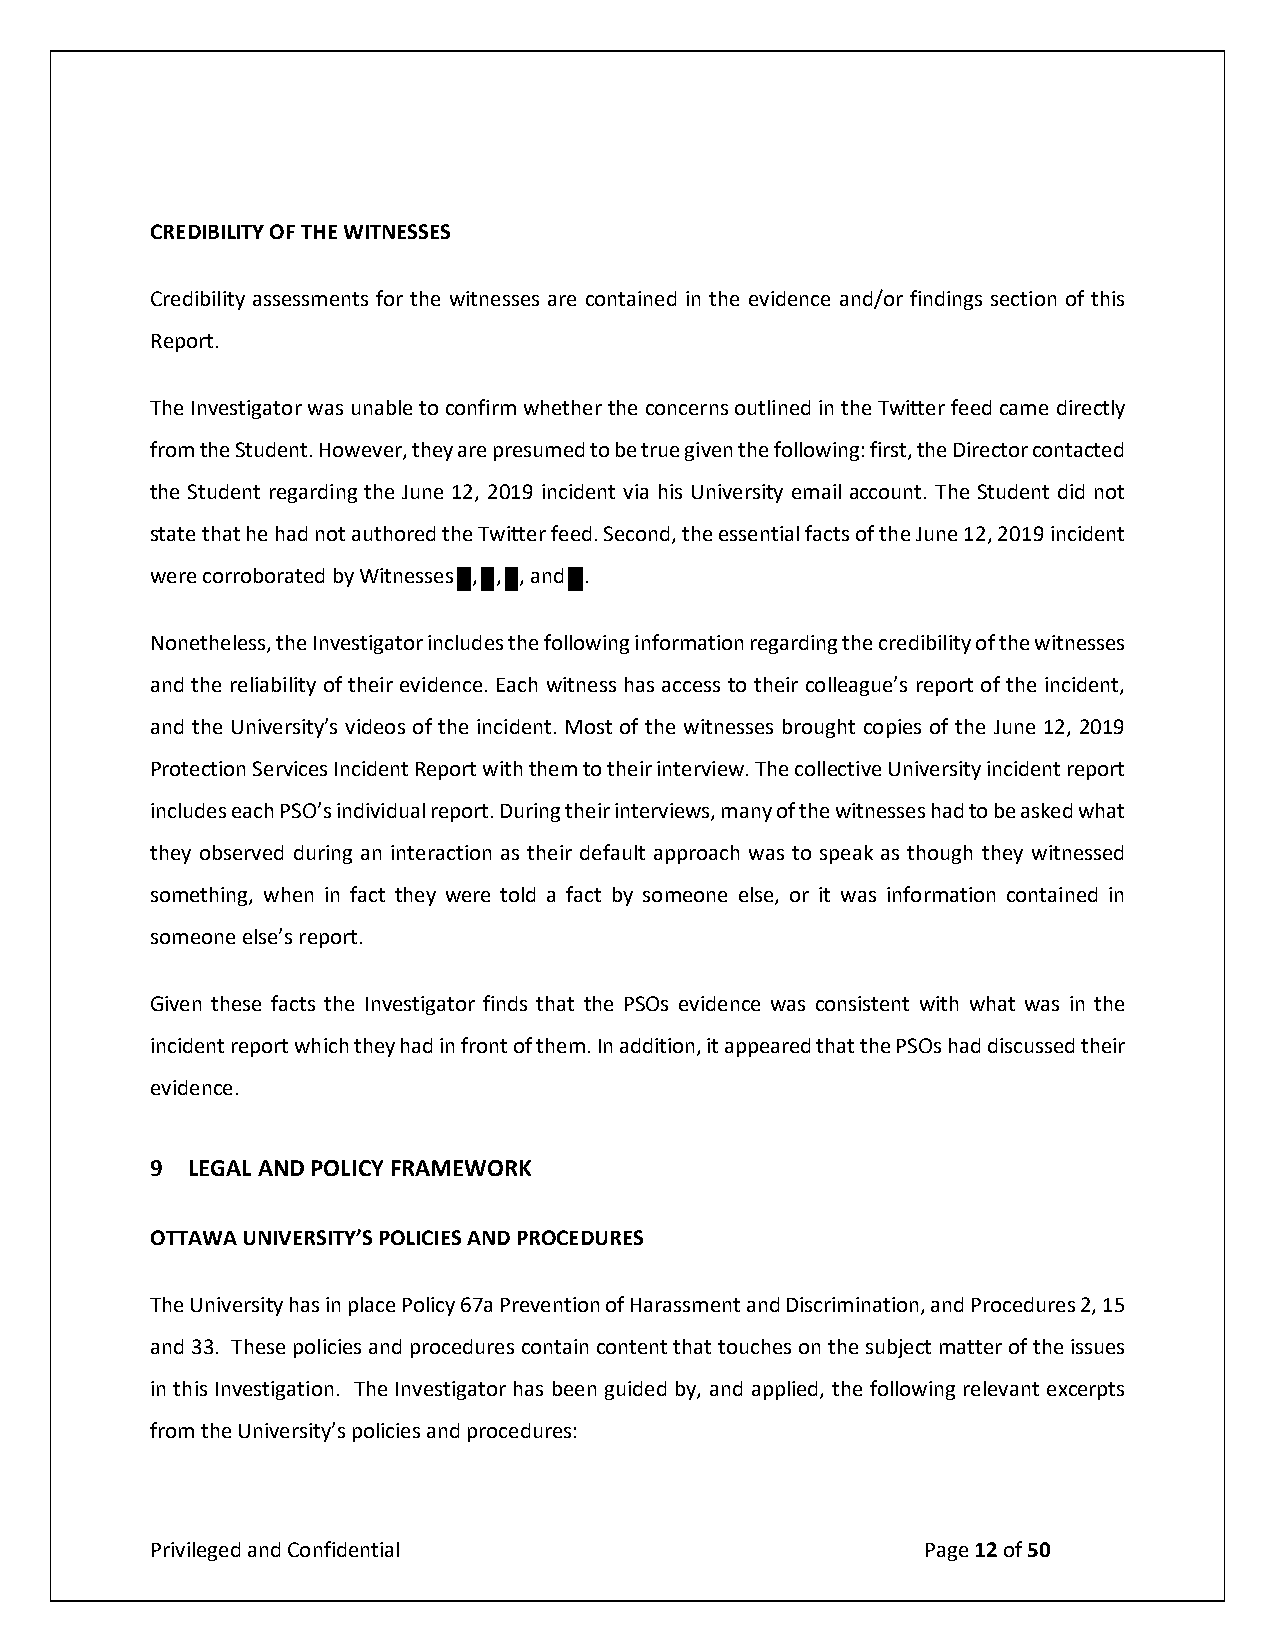
CREDIBILITY OF THE WITNESSES
 Credibility assessments for the witnesses are contained in the evidence and/or findings section of this
 Report.
 The Investigator was unable to confirm whether the concerns outlined in the Twitter feed came directly
 from the Student. However, they are presumed to be true given the following: first, the Director contacted
 the Student regarding the June 12, 2019 incident via his University email account. The Student did not
 state that he had not authored the Twitter feed. Second, the essential facts of the June 12, 2019 incident
 were corroborated by Witnesses , , , and .
 Nonetheless, the Investigator includes the following information regarding the credibility of the witnesses
 and the reliability of their evidence. Each witness has access to their colleague’s report of the incident,
 and the University’s videos of the incident. Most of the witnesses brought copies of the June 12, 2019
 Protection Services Incident Report with them to their interview. The collective University incident report
 includes each PSO’s individual report. During their interviews, many of the witnesses had to be asked what
 they observed during an interaction as their default approach was to speak as though they witnessed
 something, when in fact they were told a fact by someone else, or it was information contained in
 someone else’s report.
 Given these facts the Investigator finds that the PSOs evidence was consistent with what was in the
 incident report which they had in front of them. In addition, it appeared that the PSOs had discussed their
 evidence.
 9 LEGAL AND POLICY FRAMEWORK
 OTTAWA UNIVERSITY’S POLICIES AND PROCEDURES
 The University has in place Policy 67a Prevention of Harassment and Discrimination, and Procedures 2, 15
 and 33. These policies and procedures contain content that touches on the subject matter of the issues
 in this Investigation. The Investigator has been guided by, and applied, the following relevant excerpts
 from the University’s policies and procedures:
 Privileged and Confidential                        Page 12 of 50